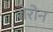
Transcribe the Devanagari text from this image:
रोरोन